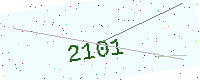
Text: 2101